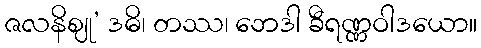
ဇလနိဈု’ ဒဓိ၊ တဿ၊ ဘေဒါ ခီရဏ္ဏဝါဒယော။